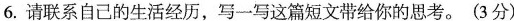
6.请联系自己的生活经历，写一写这篇短文带给你的思考。(3分)